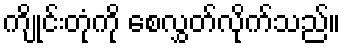
ကျိုင်းတုံကို စေလွှတ်လိုက်သည်။